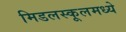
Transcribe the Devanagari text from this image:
मिडलस्कूलमध्ये